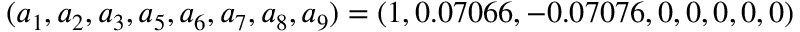
( a _ { 1 } , a _ { 2 } , a _ { 3 } , a _ { 5 } , a _ { 6 } , a _ { 7 } , a _ { 8 } , a _ { 9 } ) = ( 1 , 0 . 0 7 0 6 6 , - 0 . 0 7 0 7 6 , 0 , 0 , 0 , 0 , 0 )